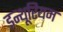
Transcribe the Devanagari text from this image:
इन्थूरियम